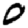
Digit: 0